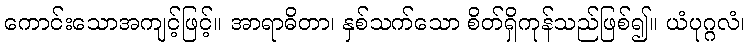
ကောင်းသောအကျင့်ဖြင့်။ အာရာဓိတာ၊ နှစ်သက်သော စိတ်ရှိကုန်သည်ဖြစ်၍။ ယံပုဂ္ဂလံ၊